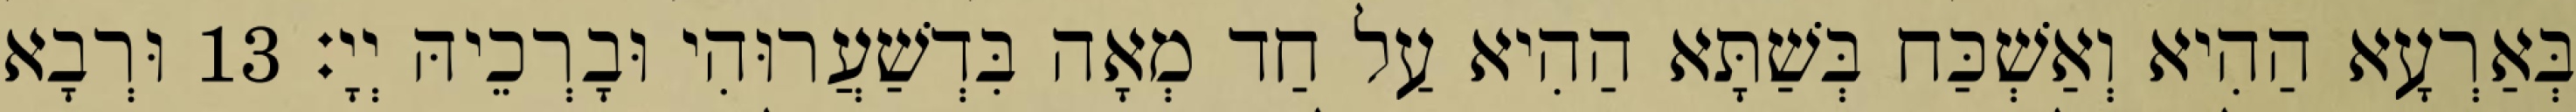
בְּאַרְעָא הַהִיא וְאַשְׁכַּח בְּשַׁתָּא הַהִיא עַל חַד מְאָה בִּדְשַׁעֲרוּהִי וּבָרְכֵיהּ יְיָ׃ 13 וּרְבָא